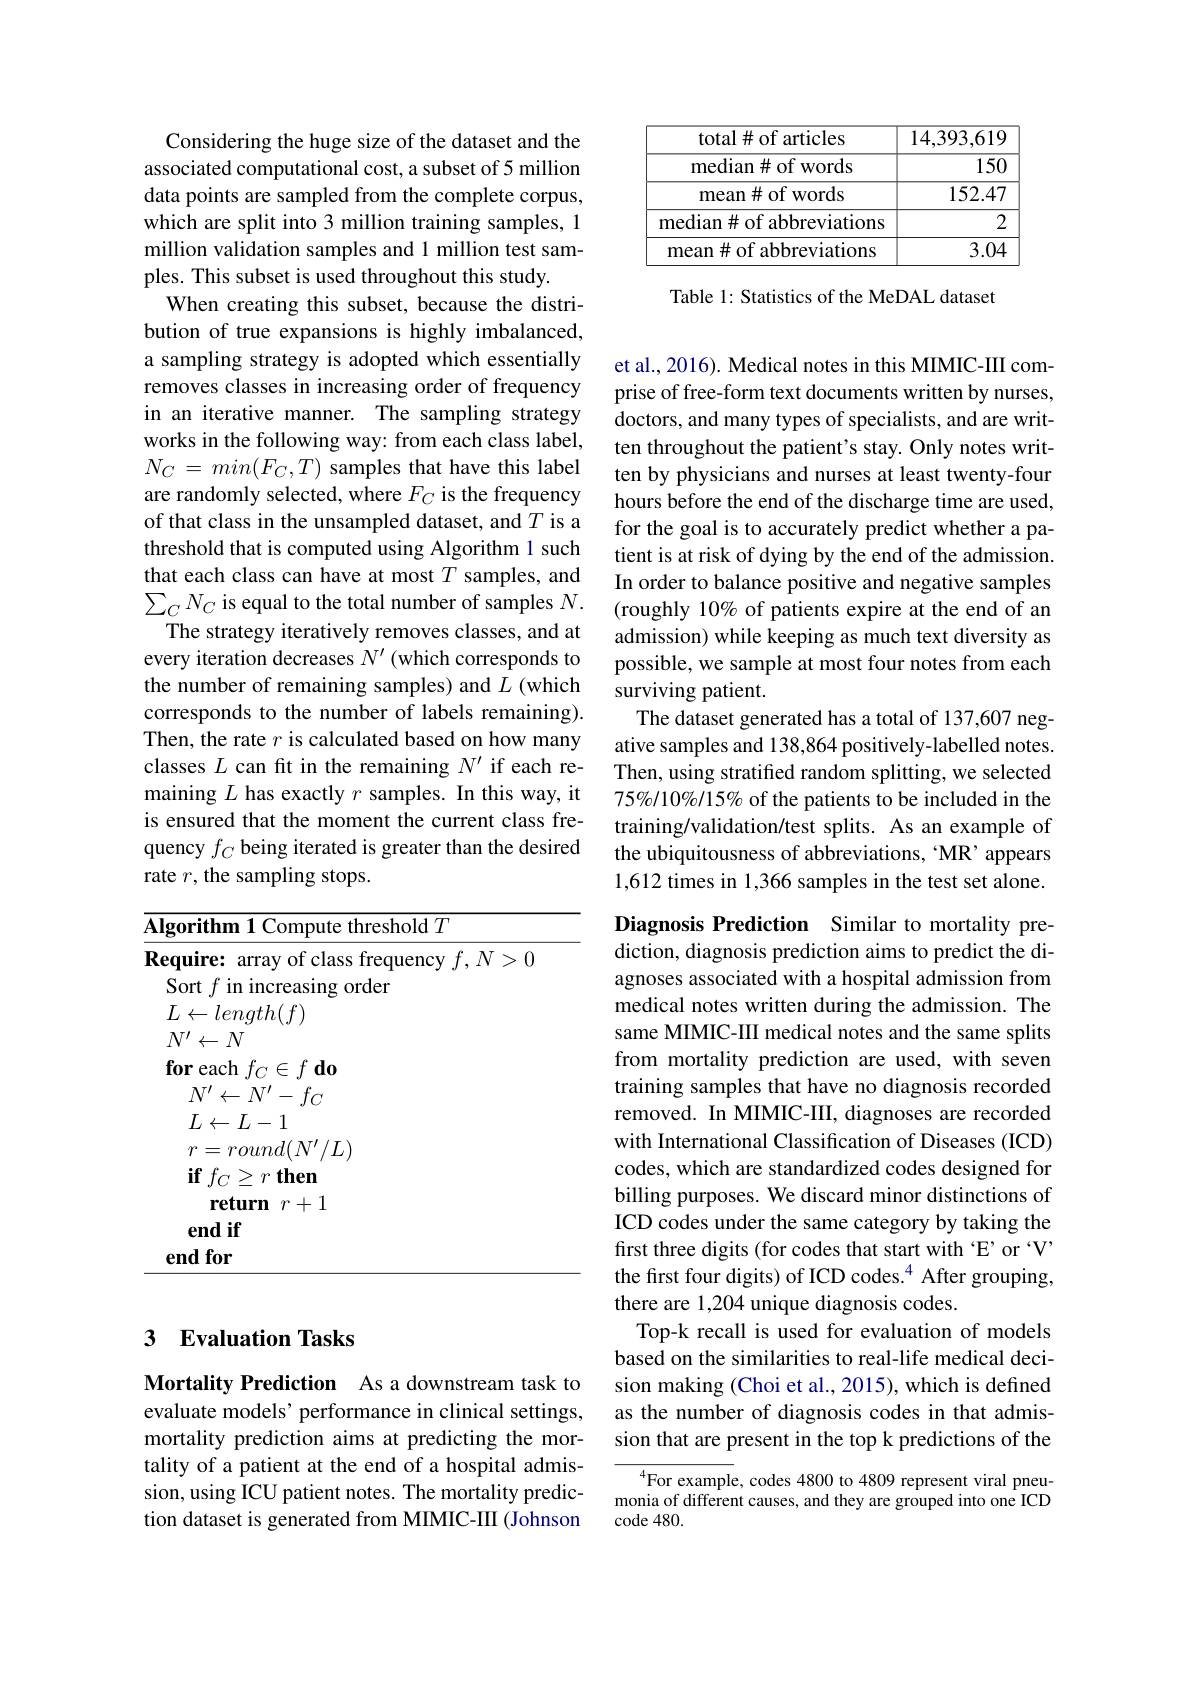
Considering the huge size of the dataset and the associated computational cost, a subset of 5 million data points are sampled from the complete corpus, which are split into 3 million training samples, 1 million validation samples and 1 million test samples. This subset is used throughout this study.
When creating this subset, because the distribution of true expansions is highly imbalanced, a sampling strategy is adopted which essentially removes classes in increasing order of frequency in an iterative manner. The sampling strategy works in the following way: from each class label, $N_{C}=min(F_{C},T)$ samples that have this label are randomly selected, where $F_C$ is the frequency of that class in the unsampled dataset, and $T$ is a threshold that is computed using Algorithm 1 such that each class can have at most $T$ samples, and $\sum_{C}N_{C}$ is equal to the total number of samples $N.$
The strategy iteratively removes classes, and at every iteration decreases $N^\prime$ (which corresponds to the number of remaining samples) and $L$ (which corresponds to the number of labels remaining). Then, the rate $r$ is calculated based on how many classes $L$ can fit in the remaining $N^\prime$ if each remaining $L$ has exactly $r$ samples. In this way, it is ensured that the moment the current class frequency $f_C$ being iterated is greater than the desired rate $r$, the sampling stops.

<table>
	<tbody>
		<tr>
			<td>$\mathbf{M}$</td>
			<td>$\textbf{thm 1 Compute threshold}T$</td>
		</tr>
		<tr>
			<td> </td>
			<td>for</td>
		</tr>
	</tbody>
</table>

## 3 Evaluation Tasks

Mortality Prediction As a downstream task to evaluate models' performance in clinical settings, mortality prediction aims at predicting the mortality of a patient at the end of a hospital admission, using ICU patient notes. The mortality prediction dataset is generated from MIMIC-III (Johnson

<table>
	<tbody>
		<tr>
			<th>total# of articles</th>
			<th>14,393,619</th>
		</tr>
		<tr>
			<td>median# of words</td>
			<td>150</td>
		</tr>
		<tr>
			<td>mean#ofwords</td>
			<td>152.47</td>
		</tr>
		<tr>
			<td>median# of abbreviations</td>
			<td>2</td>
		</tr>
		<tr>
			<td>mean# of abbreviations</td>
			<td>3.04</td>
		</tr>
	</tbody>
</table>

Table 1: Statistics of the MeDAL dataset

et al., 2016). Medical notes in this MIMIC-III comprise of free-form text documents written by nurses, doctors, and many types of specialists, and are written throughout the patient's stay. Only notes written by physicians and nurses at least twenty-four hours before the end of the discharge time are used, for the goal is to accurately predict whether a patient is at risk of dying by the end of the admission. In order to balance positive and negative samples (roughly 10% of patients expire at the end of an admission) while keeping as much text diversity as possible, we sample at most four notes from each surviving patient.
The dataset generated has a total of 137,607 negative samples and 138,864 positively-labelled notes. Then, using stratifed random splitting, we selected 75%/10%/15% of the patients to be included in the training/validation/test splits. As an example of the ubiquitousness of abbreviations, MR’ appears 1,612 times in 1,366 samples in the test set alone.

Diagnosis Prediction Similar to mortality prediction, diagnosis prediction aims to predict the diagnoses associated with a hospital admission from medical notes written during the admission. The same MIMIC-III medical notes and the same splits from mortality prediction are used, with seven training samples that have no diagnosis recorded removed. In MIMIC-III, diagnoses are recorded with International Classification of Diseases (ICD) codes, which are standardized codes designed for billing purposes. We discard minor distinctions of ICD codes under the same category by taking the first three digits (for codes that start with 'E' or v' the first four digits) of ICD codes.$^{4}$ After grouping, there are 1,204 unique diagnosis codes.
Top-k recall is used for evaluation of models based on the similarities to real-life medical decision making (Choi et al., 2015), which is defined as the number of diagnosis codes in that admission that are present in the top k predictions of the
$^{4}$For example, codes 4800 to 4809 represent viral pneu-

monia of different causes, and they are grouped into one ICD
code 480.